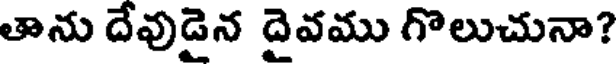
తాను దేవుడైన దైవము గొలుచునా?